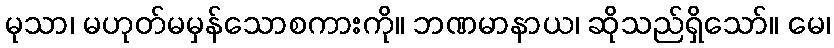
မုသာ၊ မဟုတ်မမှန်သောစကားကို။ ဘဏမာနာယ၊ ဆိုသည်ရှိသော်။ မေ၊